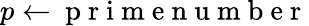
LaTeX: p\gets\mathrm{~p~r~i~m~e~n~u~m~b~e~r~}